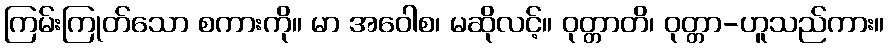
ကြမ်းကြုတ်သော စကားကို။ မာ အဝေါစ၊ မဆိုလင့်။ ဝုတ္တာတိ၊ ဝုတ္တာ-ဟူသည်ကား။